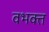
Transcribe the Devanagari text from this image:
वभक्त